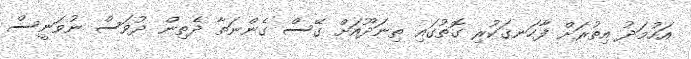
އަހުމަދު އިތުރަށް ފާހަނގަކުރި ގޮތުގައި ތިނަދޫއަށް ގޭސް ގެންނަތާ ދެތިން ދުވަސް ނުވަނީސް